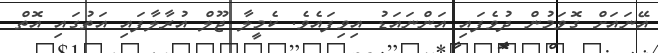
އޭނައަށް ގޮވަމުން ދުވެފައި އަންނައަޑު އިވިފައެވެ. ކެމީލާ ޖޫލް އުރާލާފައި އަތުގައި އޮތް